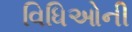
વિધિઓની